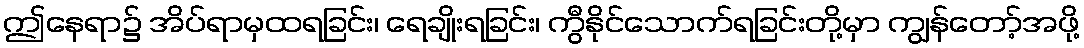
ဤနေရာ၌ အိပ်ရာမှထရခြင်း၊ ရေချိုးရခြင်း၊ ကွီနိုင်သောက်ရခြင်းတို့မှာ ကျွန်တော့်အဖို့